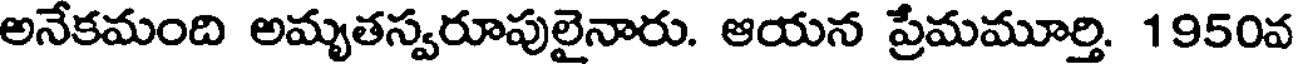
అనేకమంది అమృతస్వరూపులైనారు. ఆయన ప్రేమమూర్తి. 1950వ